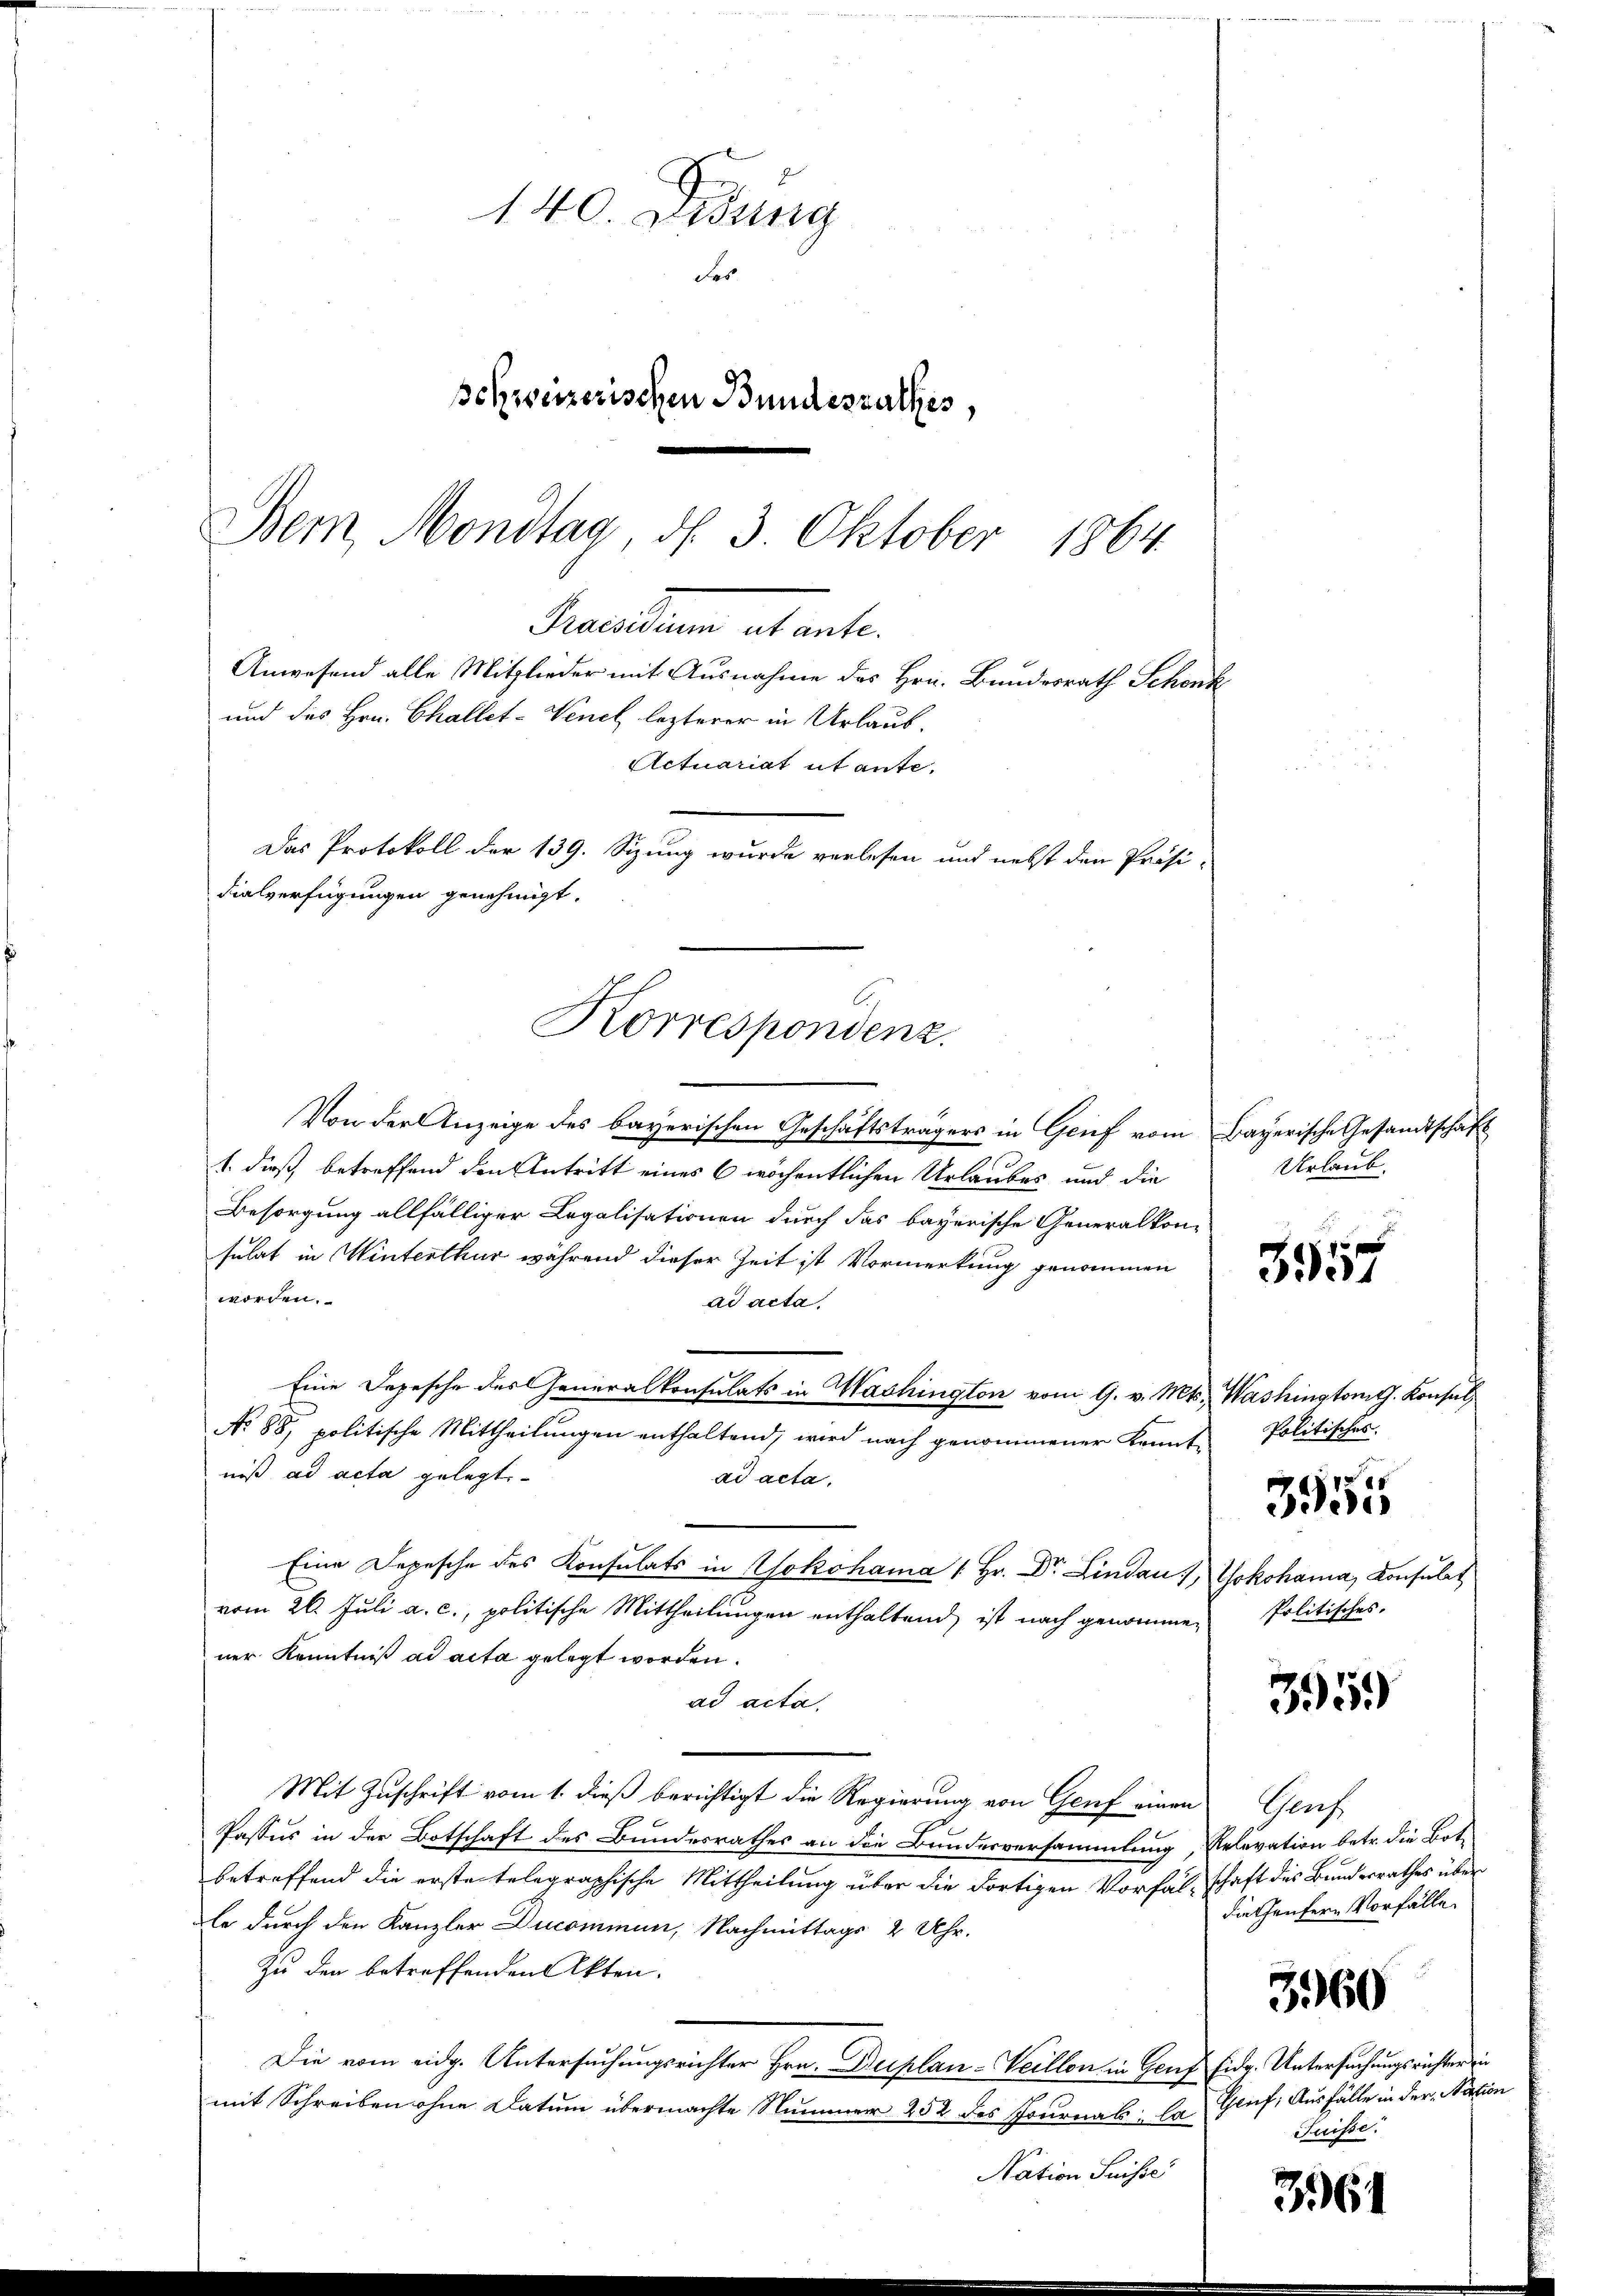
140. Didung
das
schweizerischen Bundesrathes,
Dem Mondtag, d. 3. Oktober 1864.

Percellen abwarte
Anwesend alle Mitglieder mit Ausnahme des Hrn. Bundesrath Schenk
und des Hrn. Challet-Venet lezterer in Urlaub¬
Actuariat it ante.
Das Protokoll der 139. Sizung wurde verlesen und nebst den Präsidialverfügungen genehmigt.
Korrespondenz.

Von der Anzeige des bayerischen Geschäftsträgers in Grief vom Bayerische Gesandtschaft
1. dieß, betreffend den Antritt eines 6wöchentlichen Urlaubes und die
Besorgung allfälliger Legalisationen durch das bayerische Generalkon-
sulat in Winterthur während dieser Zeit ist Vormerkung genommen
worden.
ad acta.
Eine Depesche des Generalkonsulats in Washington vom 9. v. Mts. Washingtont. Konsul
No 88, politische Mittheilungen enthaltend, wird nach genommener Kennt-
niß ad acta gelegt.
ad acta.
Eine Depesche des Konsulats in Yokohama (Hr. Dr. Lindau Yokohama, Konsulat
vom 26. Juli a. c., politische Mittheilungen enthaltend, ist nach genommen
ner Kenntniß ad acta gelegt worden.
ad acta
Mit Zuschrift vom 1. dieß berichtigt die Regierung von Genf einen Genf
Passus in der Botschaft des Bundesrathes an die Bundesversammlung, Relevation betr. die Bote
betreffend die erstentelegraphische Mittheilung über die dortigen Vorfalschaft des Bundesrathes über
ole durch den Kanzler Ducommun, Nachmittags 2 Uhr.
Zu den betreffenden Akten.
Die vom eidg. Untersuchungsrichter Hrn. Duplan-Weillon in Genf Eidg. Untersuchungsrichter in
mit Schreiben ohne Datum übermachte Nummer 252 des Journal: la Graf, Ausfälle in der Nation
Nation Suisse

Urlaub.

3957

Politisches.
3955
Politisches.

3959

die Genfern Vorfälle.

3960

Suisse.

3961